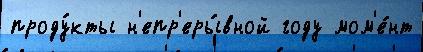
проду́кты н'епр'еры́вной году мом'е́нт